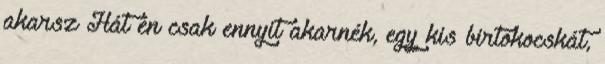
akarsz Hát én csak ennyit akarnék, egy kis birtokocskát,